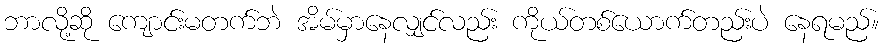
ဘာလို့ဆို ကျောင်းမတက်ဘဲ အိမ်မှာနေလျှင်လည်း ကိုယ်တစ်ယောက်တည်းပဲ နေရမည်။